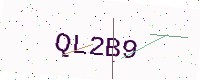
Text: QL2B9